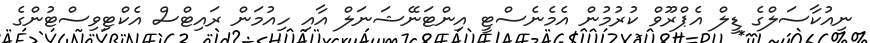
ނިއުކާސަލްގެ ޑީލް އެޕްރޫވް ކުރުމުން އެމެނެސްޓީ އިންޓަނޭޝަނަލް އާއި ހިއުމަން ރައިޓްސް އެކްޓިވިސްޓުންގެ